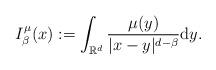
LaTeX: \begin{align*}I_\beta^\mu(x):=\int_{\mathbb{R}^d}\frac{\mu (y)}{|x-y|^{d-\beta}}{\rm d}y.\end{align*}